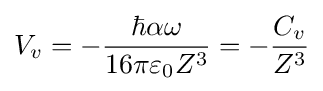
V_{v}=-{\hbar \alpha \omega  \over 16\pi \varepsilon _{0}Z^{3}}=-{\frac {C_{v}}{Z^{3}}}